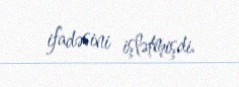
ifadəsini işlətmişdi.